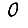
Digit: 0